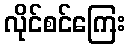
လိုင်စင်ကြေး